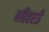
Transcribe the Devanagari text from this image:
पहिहरऊँ